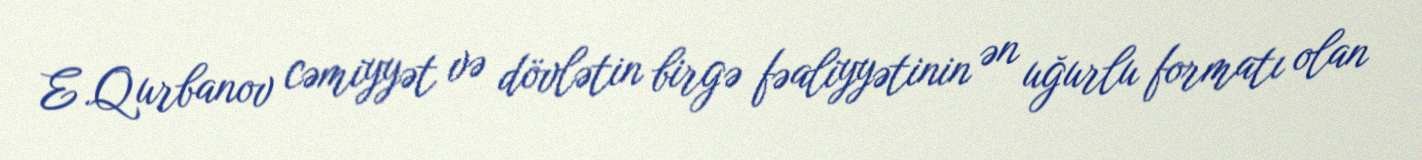
E.Qurbanov cəmiyyət və dövlətin birgə fəaliyyətinin ən uğurlu formatı olan